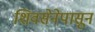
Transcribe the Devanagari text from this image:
शिवसेनेपासून